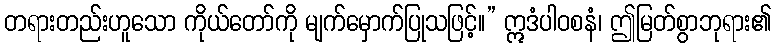
တရားတည်းဟူသော ကိုယ်တော်ကို မျက်မှောက်ပြုသဖြင့်။” ဣဒံပါဝစနံ၊ ဤမြတ်စွာဘုရား၏